Civil Veterinary Department. Madras. Admin. report 1926-33 - 1926-1933
Year: 1926
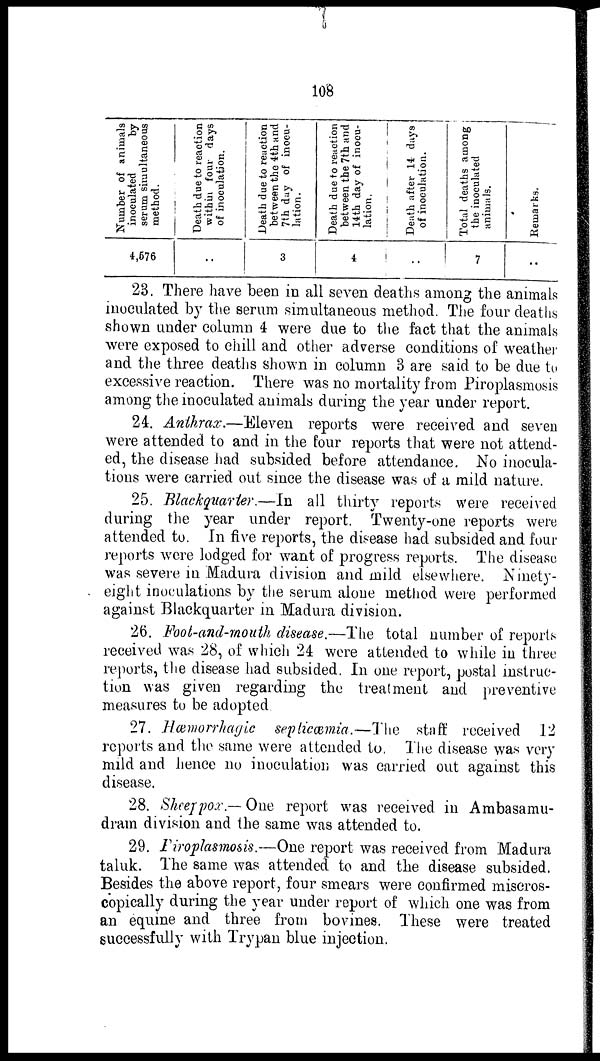
108
Number of animals
inoculated
by
serum simultaneous
method.
4,676
Death due to reaction
within four days
of inoculation.
..
Death due to reaction
between the 4th and
7th day of inocu-
lation.
3
Death due to reaction
between the 7th and
14th day of inoou-
lation.
4
Death after 14 days
of inoculation.
..
Total deaths among
the inoculated
animals.
7
Remarks.
23. There have been in all seven deaths among the animals
inoculated by the serum simultaneous method. The four deaths
shown under column 4 were due to the fact that the animals
were exposed to chill and other adverse conditions of weather
and the three deaths shown in column 3 are said to be due to
excessive reaction. There was no mortality from Piroplasmosis
among the inoculated animals during the year under report.
24. Anthrax.—Eleven reports were received and seven
were attended to and in the four reports that were not attend-
ed, the disease had subsided before attendance. No inocula-
tions were carried out since the disease was of a mild nature.
25. Blackquarter.—In all thirty reports were received
during the year under report. Twenty-one reports were
attended to. In five reports, the disease had subsided and four
reports were lodged for want of progress reports. The disease
was severe in Madura division and mild elsewhere. Ninety-
eight inoculations by the serum alone method were performed
against Blackquarter in Madura division.
26. Foot-and-mouth disease.—The total number of reports
received was 28, of which 24 were attended to while in three
reports, the disease had subsided. In one report, postal instruc-
tion was given regarding the treatment and preventive
measures to be adopted.
27. Hæmorrhagic septicæmia.—The stuff received 12
reports and the same were attended to. The disease was very
mild and hence no inoculation was carried out against this
disease.
28. Sheeppox.— One report was received in Ambasamu-
dram division and the same was attended to.
29. Piroplasmosis.—One report was received from Madura
taluk. The same was attended to and the disease subsided.
Besides the above report, four smears were confirmed miscros-
copically during the year under report of which one was from
an equine and three from bovines. These were treated
successfully with Trypan blue injection.